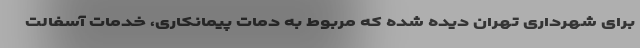
برای شهرداری تهران دیده شده که مربوط به دمات پیمانکاری، خدمات آسفالت